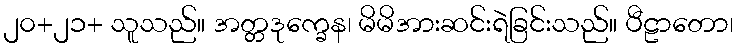
၂၀+၂၁+ သူသည်။ အတ္တဒုက္ခေန၊ မိမိအားဆင်းရဲခြင်းသည်။ ပီဠာတော၊